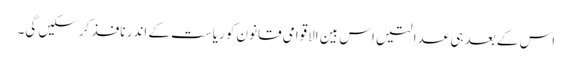
اس کے بعد ہی عدالتیں اس بین الاقوامی قانون کو ریاست کے اندر نافذ کرسکیں گی۔